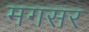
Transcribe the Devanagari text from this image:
मगसर